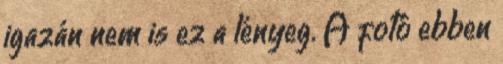
igazán nem is ez a lényeg. A fotó ebben